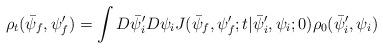
LaTeX: \begin{align*}\rho_t(\bar{\psi}_f, \psi'_ f) = \int D\bar{\psi}'_i D \psi_i J(\bar{\psi}_f, \psi'_f;t|\bar{\psi}'_i, \psi_i;0) \rho_0 (\bar{\psi}'_i,\psi_i)\end{align*}